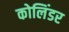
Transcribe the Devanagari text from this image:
कोलिंडर